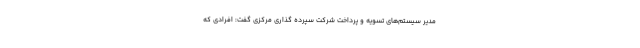
مدیر سیستم‌های تسویه و پرداخت شرکت سپرده گذاری مرکزی گفت: افرادی که